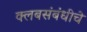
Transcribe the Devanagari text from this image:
क्लबसंबंधीचे